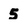
Character: 5